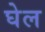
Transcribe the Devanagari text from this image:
घेल